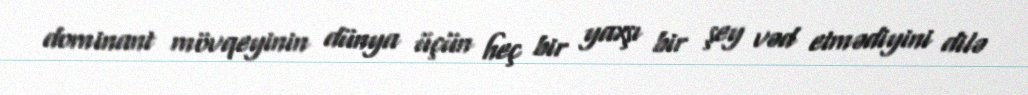
dominant mövqeyinin dünya üçün heç bir yaxşı bir şey vəd etmədiyini dilə